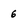
Character: 6